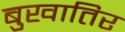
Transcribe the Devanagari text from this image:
बुखातिर